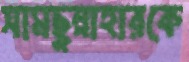
সামছুন্নাহারকে